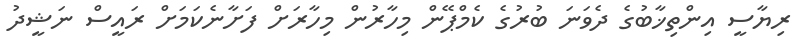
ރިޔާސީ އިންތިޚާބުގެ ދެވަނަ ބުރުގެ ކެމްޕޭން މިހާރުން މިހާރަށް ފަށާނެކަމަށް ރައީސް ނަޝީދު